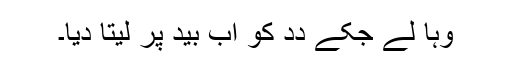
وہا لے جکے دِدِ کو اَب بید پر لیتا دِیا۔